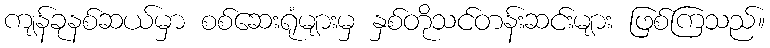
ကျန်ခုနစ်ဆယ်မှာ စစ်ဆေးရုံများမှ နှစ်တိုသင်တန်းဆင်းများ ဖြစ်ကြသည်။